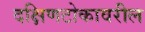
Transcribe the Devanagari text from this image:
दक्षिणटोकावरील